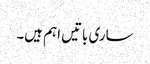
ساری باتیں اہم ہیں۔